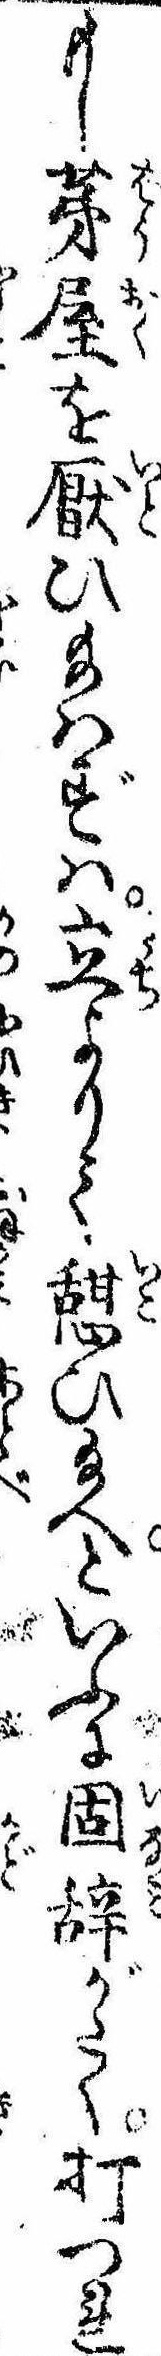
もし茅屋を厭ひ給はずは立よりて憩ひ給へといふに固辞がたく打つれ